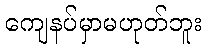
ကျေနပ်မှာမဟုတ်ဘူး